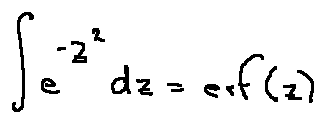
\int e ^ { - z ^ { 2 } } d z = e r f ( z )